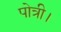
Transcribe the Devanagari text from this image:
पोत्री।